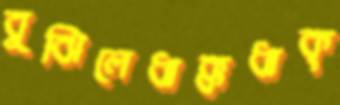
বুঝিলেধাক্কধাক্